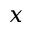
x